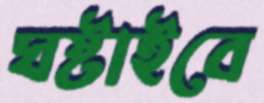
ঘষ্‌টাইবে